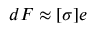
d F \approx [ \sigma ] e